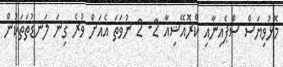
މޮޅުވިޔަސް ސްޕެއިނާއި ކްރޮއޭޝިއާ 2- 2 ނުވަތަ އެއަށް ވުރެ ގިނަ ލަނޑުތަތަކުން